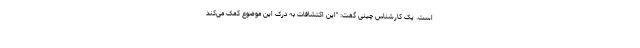
است. یک کارشناس چینی گفت: "این اکتشافات به درک این موضوع کمک می‌کند